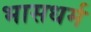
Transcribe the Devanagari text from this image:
भासधर्म